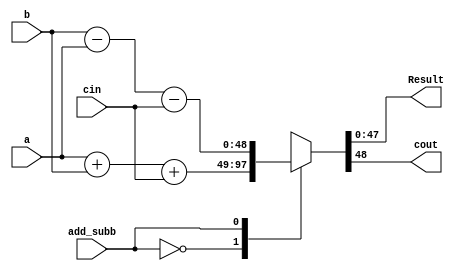
`timescale 1ns / 1ps
//////////////////////////////////////////////////////////////////////////////////
// Company: 
// Engineer: 
// 
// Design Name: 
// Module Name: Post_ADD_SUB
// Project Name: 
// Target Devices: 
// Tool Versions: 
// Description: 
// 
// Dependencies: 
// 
// Revision:
// Revision 0.01 - File Created
// Additional Comments:
// 
//////////////////////////////////////////////////////////////////////////////////


module Post_ADD_SUB
    (
        output reg [47:0] Result,
        output reg cout,
        input [47:0] a,b,
        input cin,
        input add_subb
    );

    always @(*) 
    begin
        case (add_subb)
            0:
                begin
                    {cout,Result}=a+b+cin;
                end
            1: 
                begin
                    {cout,Result}=b-a-cin;
                end
            default: {cout,Result}=0;
        endcase    
    end
endmodule